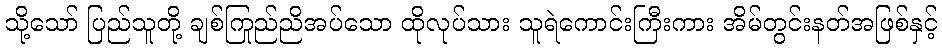
သို့သော် ပြည်သူတို့ ချစ်ကြည်ညိုအပ်သော ထိုလုပ်သား သူရဲကောင်းကြီးကား အိမ်တွင်းနတ်အဖြစ်နှင့်